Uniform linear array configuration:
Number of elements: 12
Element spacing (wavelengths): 0.75
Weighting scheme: blackman
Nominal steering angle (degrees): -60
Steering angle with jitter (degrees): -60.42
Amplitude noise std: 0.05
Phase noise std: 0.05

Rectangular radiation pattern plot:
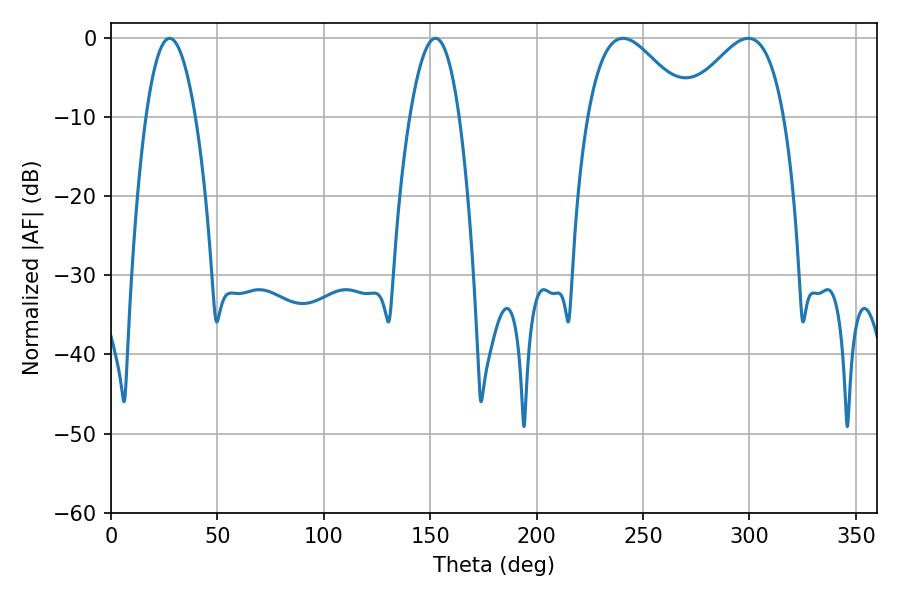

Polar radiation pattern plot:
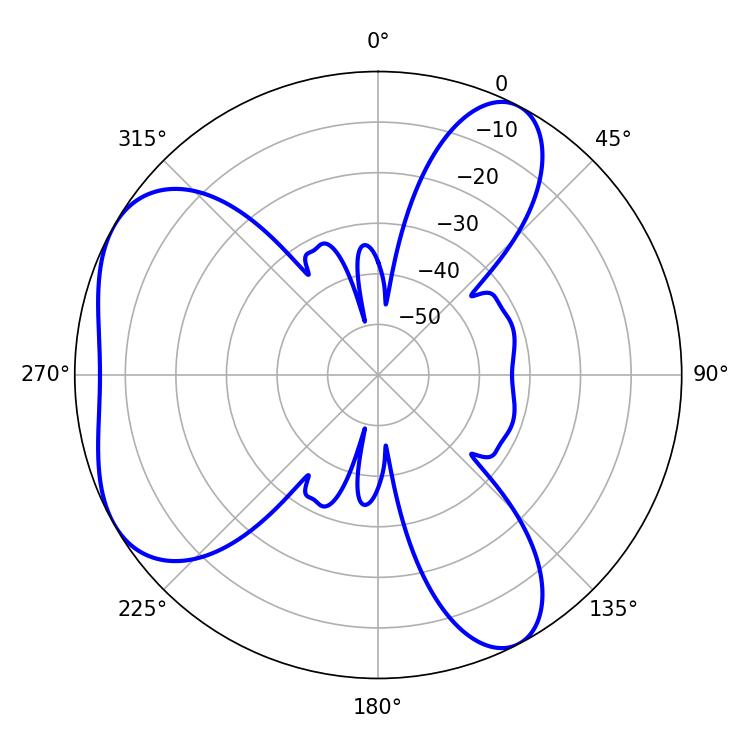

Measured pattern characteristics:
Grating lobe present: TRUE
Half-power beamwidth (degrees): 12.78
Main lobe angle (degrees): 27.54